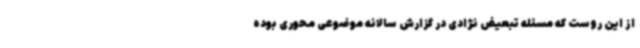
از این روست که مسئله تبعیض نژادی در گزارش سالانه موضوعی محوری بوده